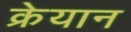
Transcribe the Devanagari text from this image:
क्रेयान